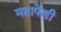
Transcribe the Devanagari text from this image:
महापेशी